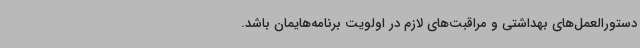
دستورالعمل‌های بهداشتی و مراقبت‌های لازم در اولویت برنامه‌هایمان باشد.